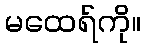
မထေရ်ကို။